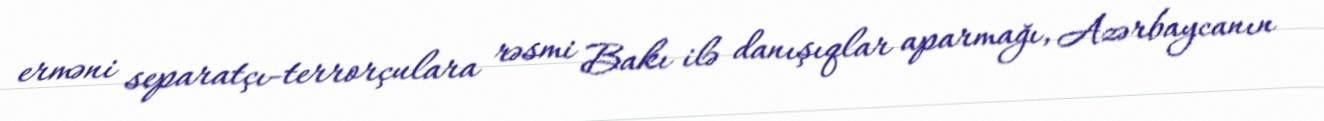
erməni separatçı-terrorçulara rəsmi Bakı ilə danışıqlar aparmağı, Azərbaycanın